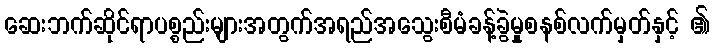
ဆေးဘက်ဆိုင်ရာပစ္စည်းများအတွက်အရည်အသွေးစီမံခန့်ခွဲမှုစနစ်လက်မှတ်နှင့် ၏